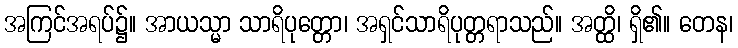
အကြင်အရပ်၌။ အာယသ္မာ သာရိပုတ္တော၊ အရှင်သာရိပုတ္တရာသည်။ အတ္ထိ၊ ရှိ၏။ တေန၊